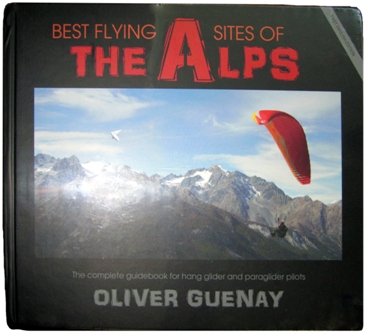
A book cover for Best Flying Sites of the Alps: The Complete Guidebook for Hang Glider and Paraglider Pilots; Oliver Guenay; Sports & Outdoors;